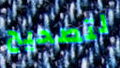
لتصحيح